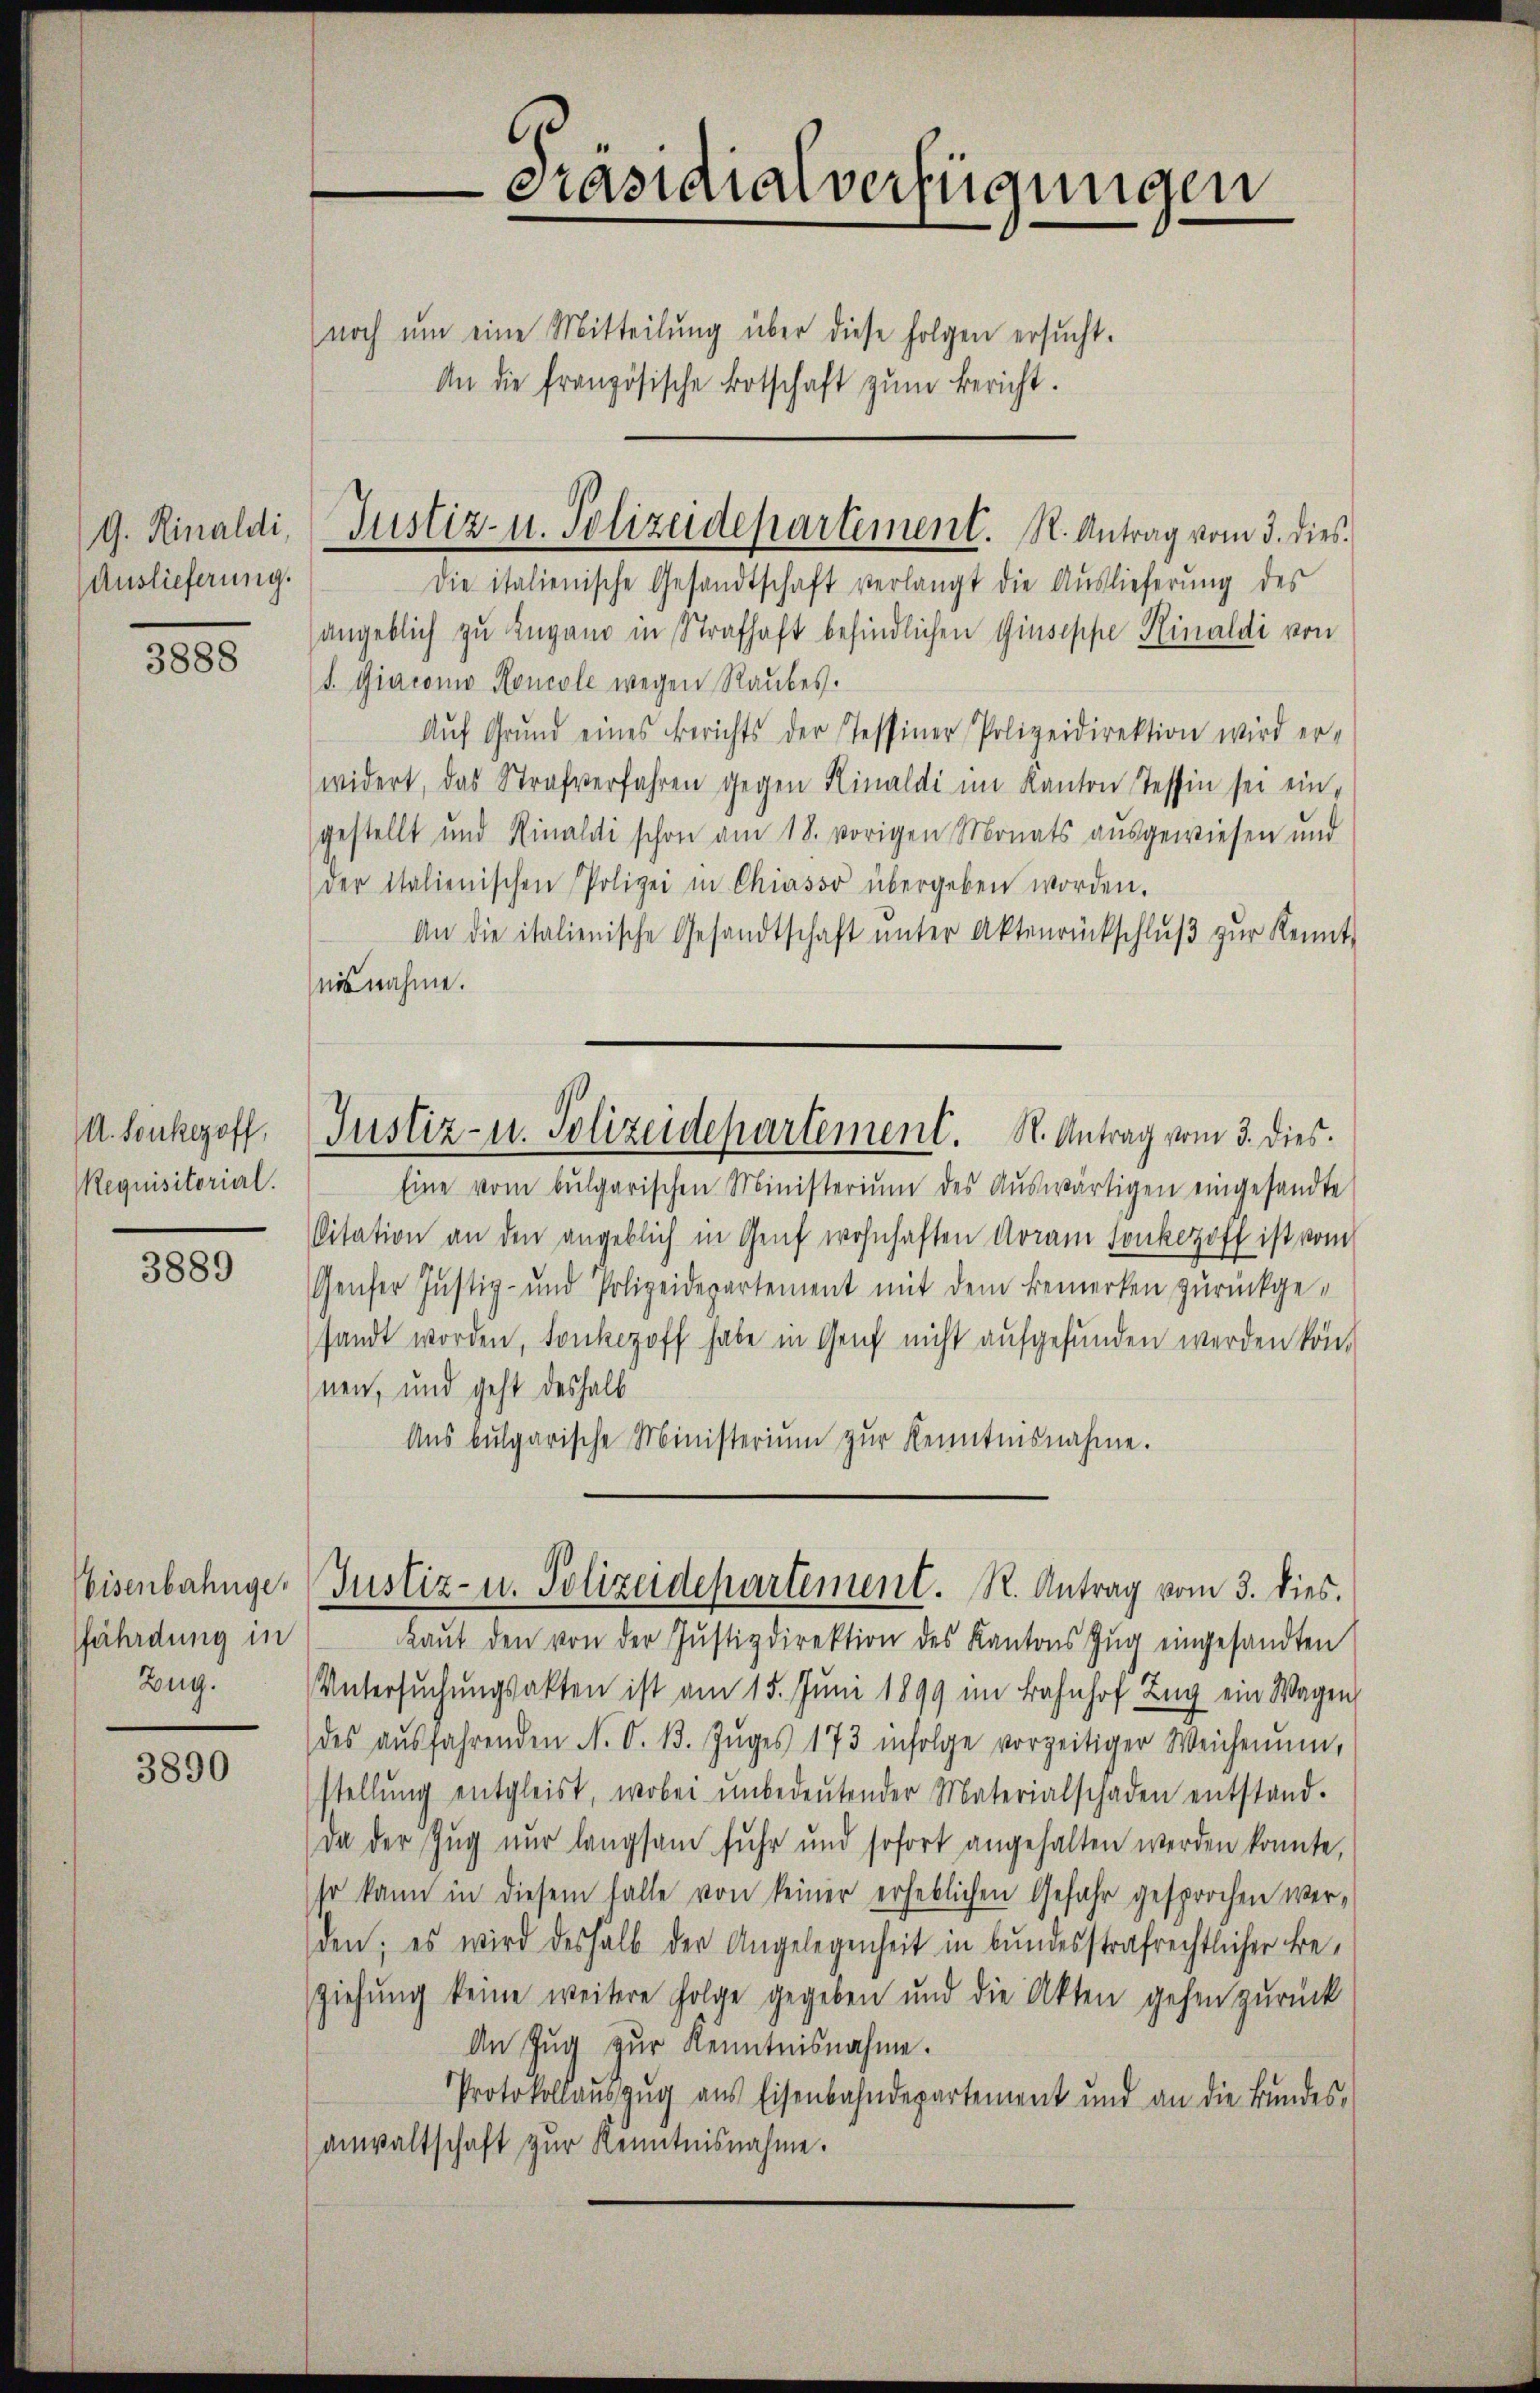
G. Rinaldi
Auslieferung.

3888

A. Sonkezoff,
Requisitorial.

3889

Eisenbahngefährdung in
Zug.

3890

Präsidialverfügungen
noch ŭm eine Mitteilŭng über diese folgen ersucht.
An die französische Botschaft zum Bericht.

Justiz- u. Polizeidepartement. N. Antrag vom 3. dies

Die italienische Gesandtschaft verlangt die Auslieferung des
angeblich zu Lugano in Strafhaft befindlichen Giuseppe Hinaldi von
S. Giacomo Roncole wegen Raubes.
Aŭf Grŭnd eines Berichts der Tessiner Polizeidirektion wird er-
widert, das Strafverfahren gegen Hinaldi im Kanton Tessin sei eingestellt und Rinaldi schon am 18. vorigen Monats ausgewiesen und
der Italienischen Polizei in Chiasso übergeben worden.
An die italienische Gesandtschaft ŭnter Aktenrückschlŭβ zŭr Kennt-
nisnahme.
Justiz- u. Polizeidepartement. S. Antrag vom 3. dies.
Eine vom bŭlgarischen Ministerium des Aŭswärtigen eingesandte
Citation an den angeblich in Genf wohnhaften Voran Tonkezoff ist vom
Genfer Justiz- und Polizeidepartement mit dem Bemerken zurückgesandt worden, sonkezoff habe in Genf nicht aufgefunden werden kön
nen, und geht deshalb
Aŭs bulgarische Ministerium zur Kenntnisnahme.

kaŭf den von der Justizdirektion des Kantons Zŭg eingesandten
Untersuchungsakten ist am 15. Juni 1899 im Bahnhof Zug ein Wagen,
des aŭsfahrenden N. O. 13. Zŭges 173 infolge vorzeitiger Weichenum,
stellŭng entgleist, wobei ŭnbedeŭtender Materialschaden entstand.
Da der Zug nur langsam fuhr und sofort angehalten werden konnte,
so kann in diesem Falle von keiner erheblichen Gefahr gesprochen werden; es wird deshalb der Angelegenheit in bundesstrafrechtlicher Be¬
Ziehung keine weitere Folge gegeben und die Akten gehen zurück
An Zŭg zŭr Kenntnisnahme.
Protokollauszug aus Eisenbahndepartement und an die Bundes-
anwaltschaft zur Kenntnisnahme.

Justiz- u. Polizeidepartement. R. Antrag vom 3. dies.